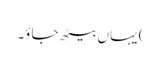
) یہاں بیٹھ جاؤ۔